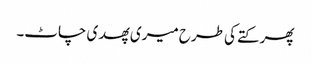
پھر کتے کی طرح میری پھدی چاٹ۔